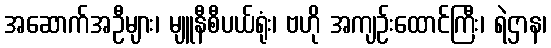
အဆောက်အဦများ၊ မျူနီစီပယ်ရုံး၊ ဗဟို အကျဉ်းထောင်ကြီး၊ ရဲဌာန၊